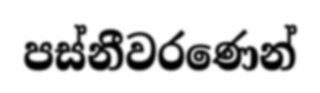
පස්නීවරණෙන්